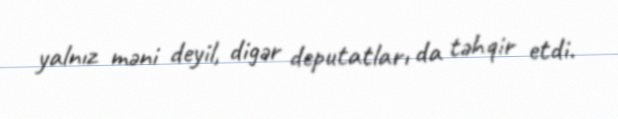
yalnız məni deyil, digər deputatları da təhqir etdi.